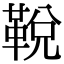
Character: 𩊭